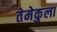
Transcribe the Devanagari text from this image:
तेमेकुला